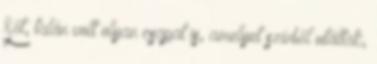
Sőt, talán volt olyan csapat is, amelyet szívből utáltak,